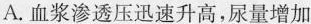
A.血浆渗透压迅速升高，尿量增加